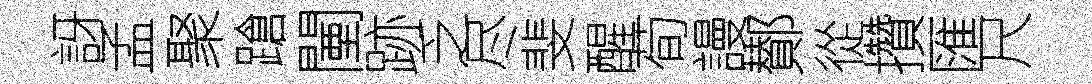
訝孟聚蹌闉跡乏尽斐醒荀謾鄼從攢匯尺